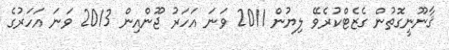
ޤާނޫނީގޮތުން ގެޒެޓްކުރެވޭ ލިޔުން 2011 ވަނަ އަހަރު ޖޫންއިން 2013 ވަނަ އަހަރުގެ